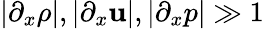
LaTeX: |\partial_{x}\rho|,|\partial_{x}\mathbf{u}|,|\partial_{x}p|\gg1